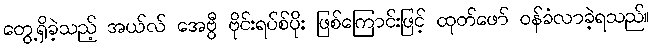
တွေ့ရှိခဲ့သည့် အယ်လ် အေဗွီ ဗိုင်းရပ်စ်ပိုး ဖြစ်ကြောင်းဖြင့် ထုတ်ဖော် ဝန်ခံလာခဲ့ရသည်။